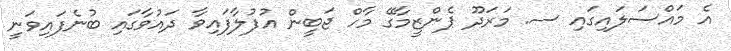
އެ މައްސަލައިގައި ސ. މަރަދޫ ޕެންޒީމާގޭ މާހް ޖަބީން އުފުލާފައިވާ ދައުވާގައި ބުނެފައިވަނީ